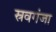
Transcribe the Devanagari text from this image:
स्रवगंजा